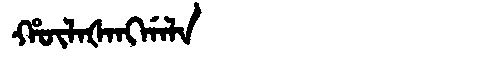
Manchu: ᡥᡡᠯᠠᡧᠠᠩᡤᠠᠯᠠ
Romanization: HŪLAŠANGGALA